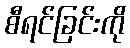
စီရင်ခြင်းကို